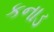
કનાડ